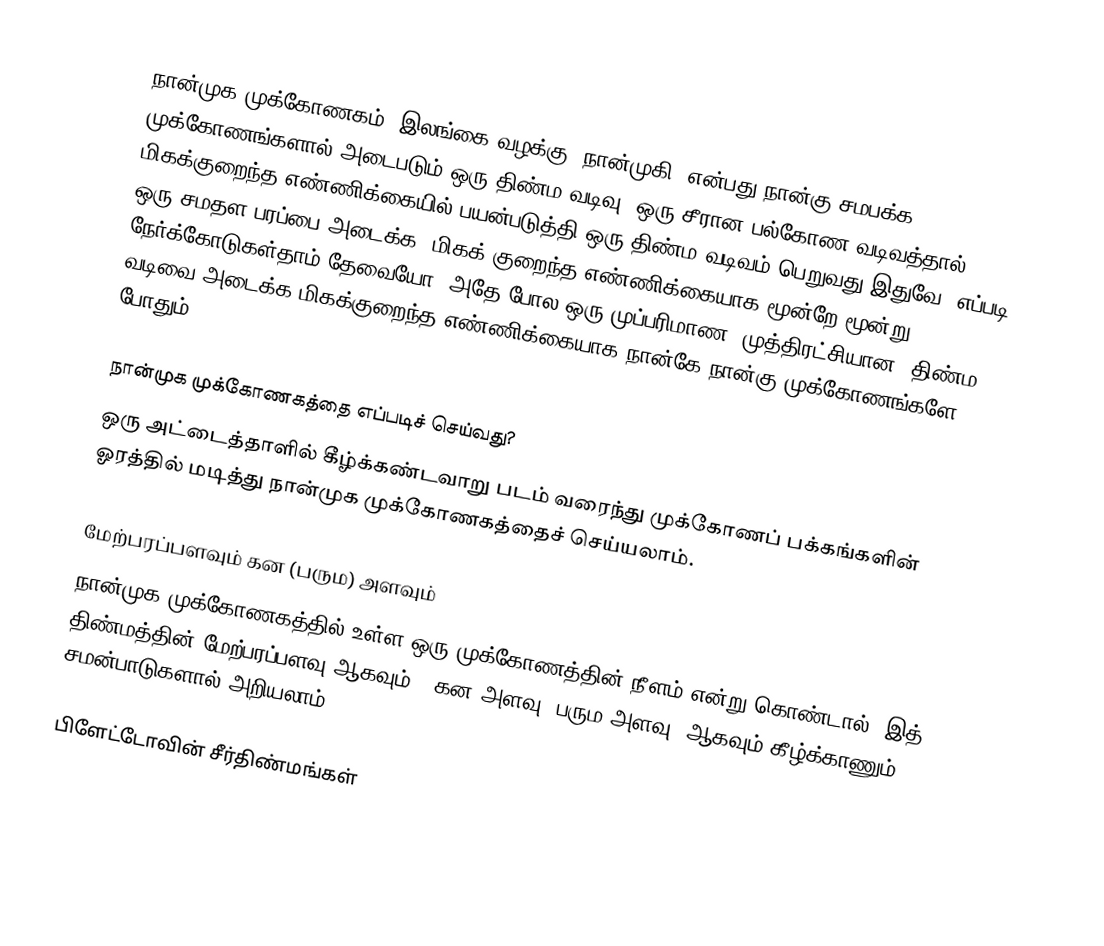
நான்முக முக்கோணகம் (இலங்கை வழக்கு: நான்முகி) என்பது நான்கு சமபக்க முக்கோணங்களால் அடைபடும் ஒரு திண்ம வடிவு. ஒரு சீரான பல்கோண வடிவத்தால் மிகக்குறைந்த எண்ணிக்கையில் பயன்படுத்தி ஒரு திண்ம வடிவம் பெறுவது இதுவே. எப்படி ஒரு சமதள பரப்பை அடைக்க, மிகக் குறைந்த எண்ணிக்கையாக மூன்றே மூன்று நேர்க்கோடுகள்தாம் தேவையோ, அதே போல ஒரு முப்பரிமாண (முத்திரட்சியான) திண்ம வடிவை அடைக்க மிகக்குறைந்த எண்ணிக்கையாக நான்கே நான்கு முக்கோணங்களே போதும்.

நான்முக முக்கோணகத்தை எப்படிச் செய்வது?
ஒரு அட்டைத்தாளில் கீழ்க்கண்டவாறு படம் வரைந்து முக்கோணப் பக்கங்களின் ஓரத்தில் மடித்து நான்முக முக்கோணகத்தைச் செய்யலாம்.

மேற்பரப்பளவும் கன (பரும) அளவும்
நான்முக முக்கோணகத்தில் உள்ள ஒரு முக்கோணத்தின் நீளம்  என்று கொண்டால், இத் திண்மத்தின் மேற்பரப்பளவு  ஆகவும் , கன அளவு (பரும அளவு)  ஆகவும் கீழ்க்காணும் சமன்பாடுகளால் அறியலாம்:

பிளேட்டோவின் சீர்திண்மங்கள்